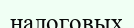
налоговых